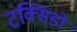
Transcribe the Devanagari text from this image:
टक्सिडो